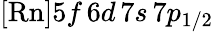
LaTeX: [\mathrm{Rn}]5f\, 6d\, 7s\, 7p_{1/2}